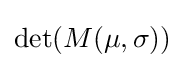
\det(M(\mu ,\sigma ))